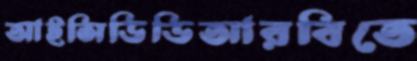
আইসিডিডিআরবিতে